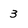
Character: 3